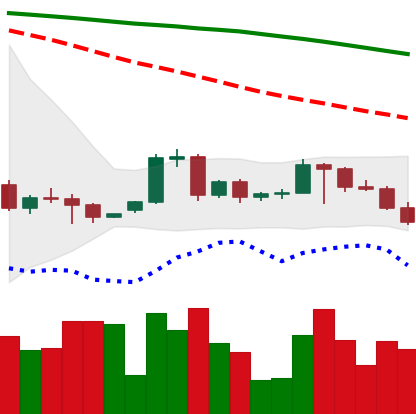
Ticker: BTC-USD
Chart end date: 2022-06-11
Forward return: -28.135%
Label: down_7plus